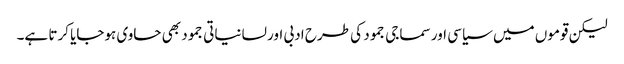
لیکن قوموں میں سیاسی اور سماجی جمود کی طرح ادبی اور لسانیاتی جمود بھی حاوی ہوجایا کرتا ہے۔